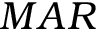
M A R